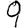
Digit: 9